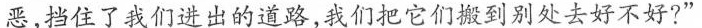
恶，挡住了我们进出的道路，我们把它们搬到别处去好不好?”